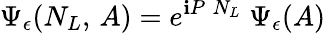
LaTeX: \Psi_{\epsilon}(N_{L},\, A)=e^{{\mathbf{i}}P\; N_{L}}\; \Psi_{\epsilon}(A)